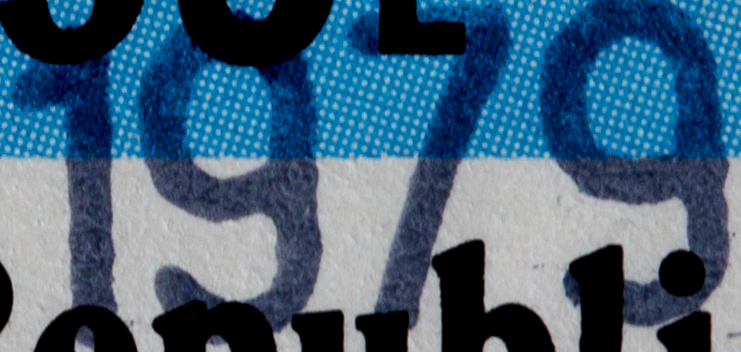
1979